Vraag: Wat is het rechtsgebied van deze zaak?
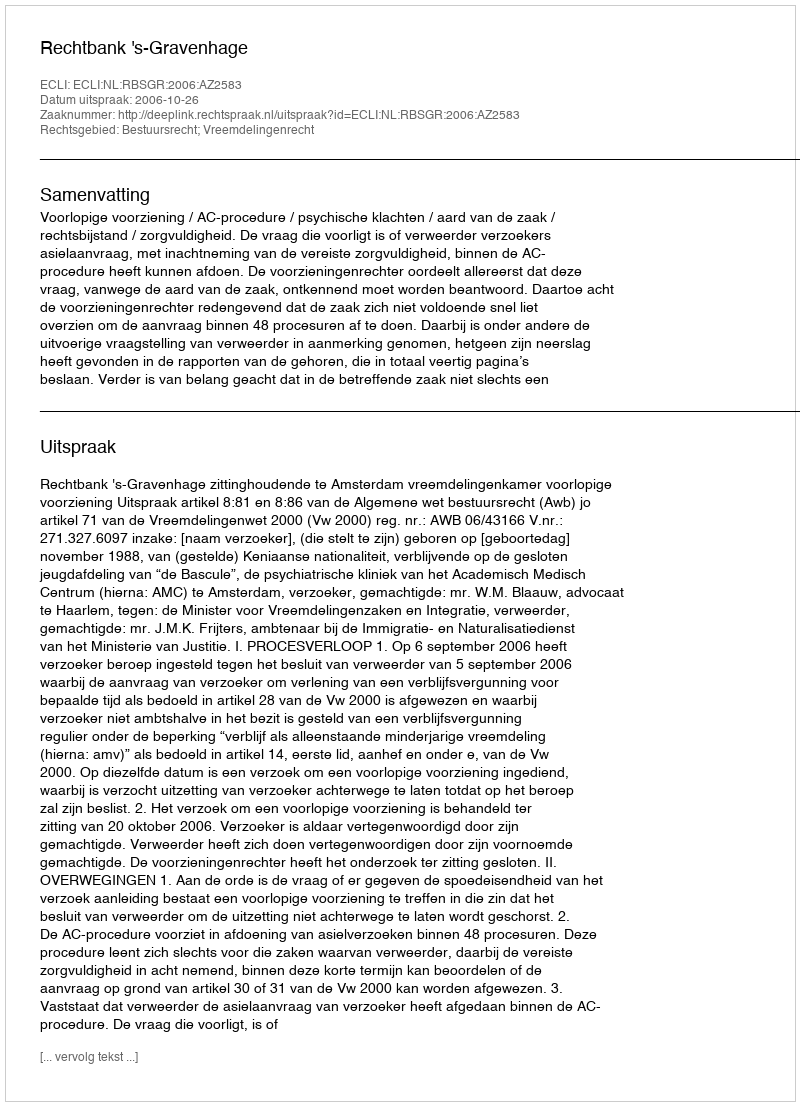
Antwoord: Bestuursrecht; Vreemdelingenrecht